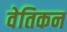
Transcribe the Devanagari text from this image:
वेतिकन